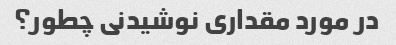
در مورد مقداری نوشیدنی چطور؟